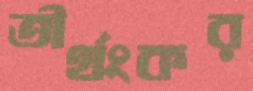
তীর্থংকর